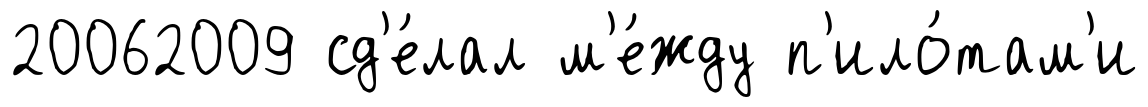
20062009 сд'е́лал м'е́жду п'ило́там'и